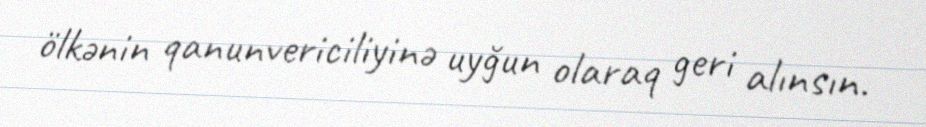
ölkənin qanunvericiliyinə uyğun olaraq geri alınsın.